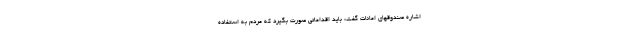
اشاره صندوقهای امانات گفت: باید اقداماتی صورت بگیرد که مردم به استفاده